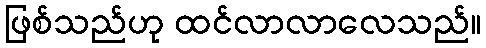
ဖြစ်သည်ဟု ထင်လာလာလေသည်။